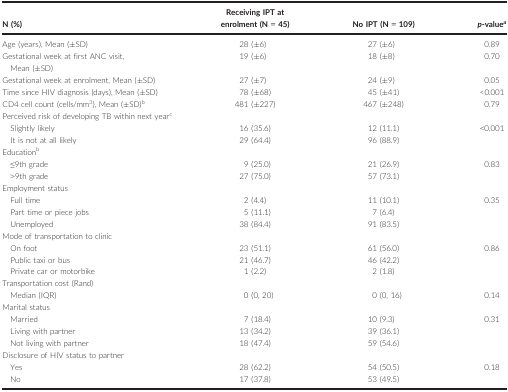
<table><thead><tr><td><b>N (%)</b></td><td><b>Receiving IPT at enrolment (N = 45)</b></td><td><b>No IPT (N = 109)</b></td><td><b><i>p</i>‐valuea</b></td></tr></thead><tbody><tr><td>Age (years), Mean (±SD)</td><td>28 (±6)</td><td>27 (±6)</td><td>0.89</td></tr><tr><td>Gestational week at first ANC visit,Mean (±SD)</td><td>19 (±6)</td><td>18 (±8)</td><td>0.70</td></tr><tr><td>Gestational week at enrolment, Mean (±SD)</td><td>27 (±7)</td><td>24 (±9)</td><td>0.05</td></tr><tr><td>Time since HIV diagnosis (days), Mean (±SD)</td><td>78 (±68)</td><td>45 (±41)</td><td>&lt;0.001</td></tr><tr><td>CD4 cell count (cells/mm<sup>3</sup>), Mean (±SD)b</td><td>481 (±227)</td><td>467 (±248)</td><td>0.79</td></tr><tr><td colspan="4">Perceived risk of developing TB within next yearc</td></tr><tr><td>Slightly likely</td><td>16 (35.6)</td><td>12 (11.1)</td><td>&lt;0.001</td></tr><tr><td>It is not at all likely</td><td>29 (64.4)</td><td>96 (88.9)</td><td></td></tr><tr><td colspan="4">Educationb</td></tr><tr><td>≤9th grade</td><td>9 (25.0)</td><td>21 (26.9)</td><td>0.83</td></tr><tr><td>&gt;9th grade</td><td>27 (75.0)</td><td>57 (73.1)</td><td></td></tr><tr><td colspan="4">Employment status</td></tr><tr><td>Full time</td><td>2 (4.4)</td><td>11 (10.1)</td><td>0.35</td></tr><tr><td>Part time or piece jobs</td><td>5 (11.1)</td><td>7 (6.4)</td><td></td></tr><tr><td>Unemployed</td><td>38 (84.4)</td><td>91 (83.5)</td><td></td></tr><tr><td colspan="4">Mode of transportation to clinic</td></tr><tr><td>On foot</td><td>23 (51.1)</td><td>61 (56.0)</td><td>0.86</td></tr><tr><td>Public taxi or bus</td><td>21 (46.7)</td><td>46 (42.2)</td><td></td></tr><tr><td>Private car or motorbike</td><td>1 (2.2)</td><td>2 (1.8)</td><td></td></tr><tr><td colspan="4">Transportation cost (Rand)</td></tr><tr><td>Median (IQR)</td><td>0 (0, 20)</td><td>0 (0, 16)</td><td>0.14</td></tr><tr><td colspan="4">Marital status</td></tr><tr><td>Married</td><td>7 (18.4)</td><td>10 (9.3)</td><td>0.31</td></tr><tr><td>Living with partner</td><td>13 (34.2)</td><td>39 (36.1)</td><td></td></tr><tr><td>Not living with partner</td><td>18 (47.4)</td><td>59 (54.6)</td><td></td></tr><tr><td colspan="4">Disclosure of HIV status to partner</td></tr><tr><td>Yes</td><td>28 (62.2)</td><td>54 (50.5)</td><td>0.18</td></tr><tr><td>No</td><td>17 (37.8)</td><td>53 (49.5)</td><td></td></tr></tbody></table>